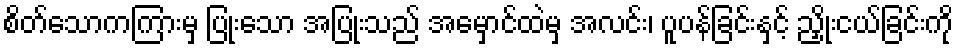
စိတ်သောကကြားမှ ပြုံးသော အပြုံးသည် အမှောင်ထဲမှ အလင်း၊ ပူပန်ခြင်းနှင့် ညှိုးငယ်ခြင်းကို